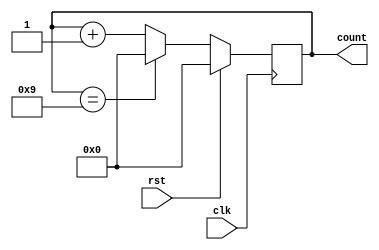
module bcd_counter(
    input clk,
    input rst,
    output reg [3:0] count
);

always @(posedge clk) begin
    if(rst) begin
        count <= 4'b0000;
    end else begin
        if(count == 4'b1001) begin
            count <= 4'b0000;
        end else begin
            count <= count + 1;
        end
    end
end

endmodule